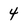
Character: 4